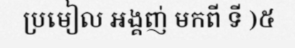
ប្រមៀល អង្គញ់ មកពី ទី )៥